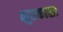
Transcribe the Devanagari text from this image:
भुतकाळा